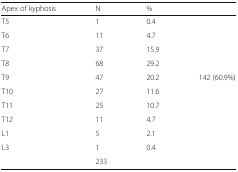
| Apex of kyphosis | N | % |  |
 | --- | --- | --- | --- |
 | T5 | 1 | 0.4 |  |
 | T6 | 11 | 4.7 |  |
 | T7 | 37 | 15.9 |  |
 | T8 | 68 | 29.2 |  |
 | T9 | 47 | 20.2 | <ROWSPAN=2> 142 (60.9%) |
 | T10 | 27 | 11.6 |
 | T11 | 25 | 10.7 |  |
 | T12 | 11 | 4.7 |  |
 | L1 | 5 | 2.1 |  |
 | L3 | 1 | 0.4 |  |
 |  | 233 |  |  |